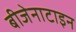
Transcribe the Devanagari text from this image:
बीजेनाटाइन